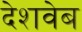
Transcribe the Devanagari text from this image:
देशवेब